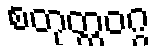
စတုတ္ထဝဂ္ဂ